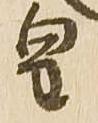
皇